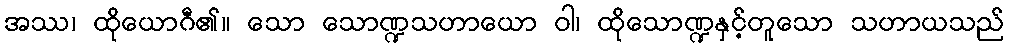
အဿ၊ ထိုယောဂီ၏။ သော သောဏ္ဍသဟာယော ဝါ၊ ထိုသောဏ္ဍနှင့်တူသော သဟာယသည်